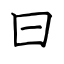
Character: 曰